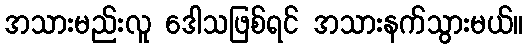
အသားမည်းလူ ဒေါသဖြစ်ရင် အသားနက်သွားမယ်။